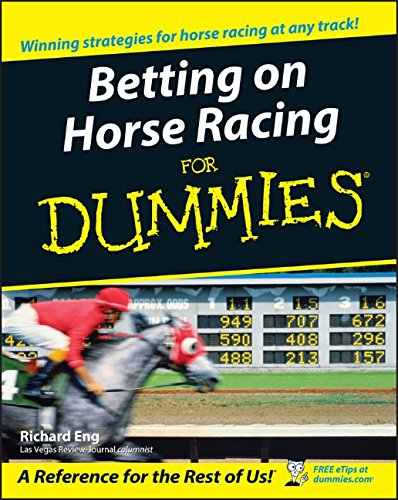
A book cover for Betting on Horse Racing For Dummies; Richard Eng; Humor & Entertainment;